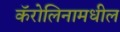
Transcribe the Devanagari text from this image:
कॅरोलिनामधील